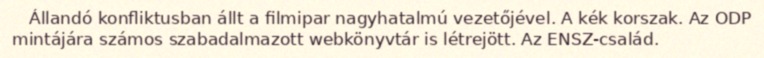
Állandó konfliktusban állt a filmipar nagyhatalmú vezetőjével. A kék korszak. Az ODP mintájára számos szabadalmazott webkönyvtár is létrejött. Az ENSZ-család.